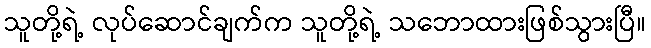
သူတို့ရဲ့ လုပ်ဆောင်ချက်က သူတို့ရဲ့ သဘောထားဖြစ်သွားပြီ။